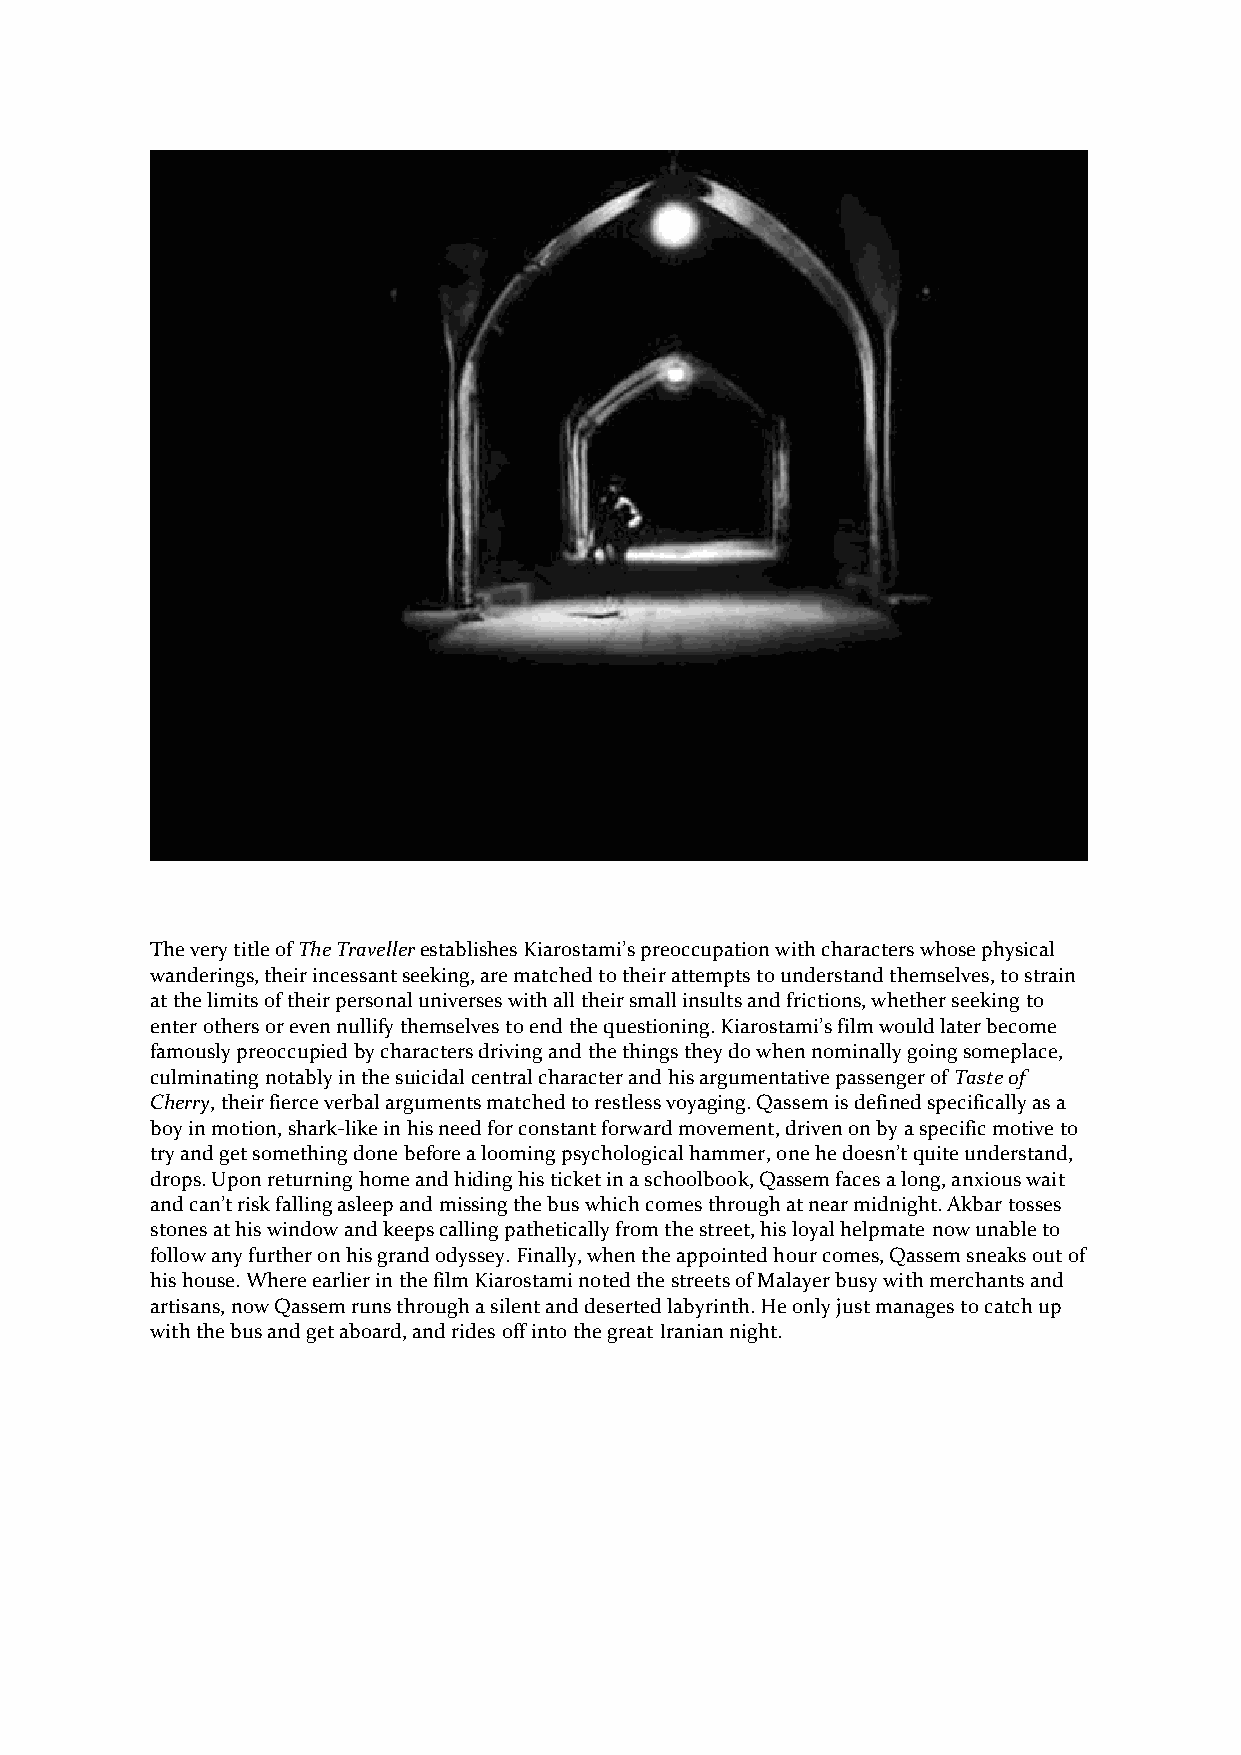
The very title of The Traveller establishes Kiarostami’s preoccupation with characters whose physical
 wanderings, their incessant seeking, are matched to their attempts to understand themselves, to strain
 at the limits of their personal universes with all their small insults and frictions, whether seeking to
 enter others or even nullify themselves to end the questioning. Kiarostami’s film would later become
 famously preoccupied by characters driving and the things they do when nominally going someplace,
 culminating notably in the suicidal central character and his argumentative passenger of Taste of
 Cherry, their fierce verbal arguments matched to restless voyaging. Qassem is defined specifically as a
 boy in motion, shark-like in his need for constant forward movement, driven on by a specific motive to
 try and get something done before a looming psychological hammer, one he doesn’t quite understand,
 drops. Upon returning home and hiding his ticket in a schoolbook, Qassem faces a long, anxious wait
 and can’t risk falling asleep and missing the bus which comes through at near midnight. Akbar tosses
 stones at his window and keeps calling pathetically from the street, his loyal helpmate now unable to
 follow any further on his grand odyssey. Finally, when the appointed hour comes, Qassem sneaks out of
 his house. Where earlier in the film Kiarostami noted the streets of Malayer busy with merchants and
 artisans, now Qassem runs through a silent and deserted labyrinth. He only just manages to catch up
 with the bus and get aboard, and rides off into the great Iranian night.